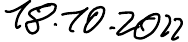
18.10.2022